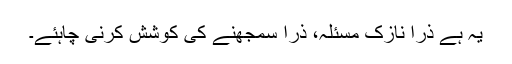
یہ ہے ذرا نازک مسئلہ، ذرا سمجھنے کی کوشش کرنی چاہئے۔